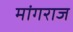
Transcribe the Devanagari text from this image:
मांगराज